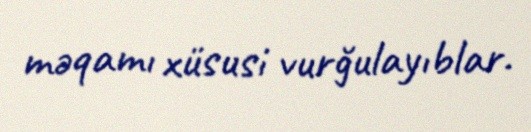
məqamı xüsusi vurğulayıblar.